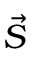
\vec { S }